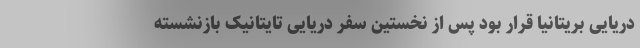
دریایی بریتانیا قرار بود پس از نخستین سفر دریایی تایتانیک بازنشسته